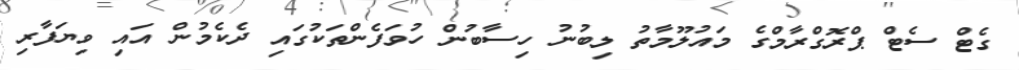
ގެޓް ސެޓް ޕްރޮގްރާމްގެ މައުލޫމާތު ލިބުނު ހިސާބުން ހުވަފެންތަކުގައި ދެކެމުން އައި ވިޔަފާރި